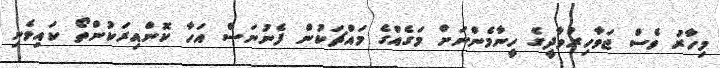
މިހާރު ވެސް ޖަވާހިރުވާދީގެ ހީނާމެންނަށް މަގެއްގެ މައްޗަކުން ފެނުނަސް އަހާ ކޮންއިރަކުންތޯ ކައިވެނި